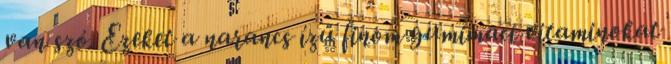
van szó. Ezeket a narancs ízű finom gumimaci vitaminokat